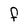
Character: F